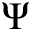
\Psi